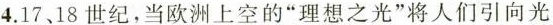
4.17、18世纪，当欧洲上空的”理想之光”将人们引向光